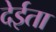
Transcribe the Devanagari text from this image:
देईता